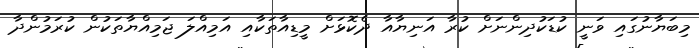
މިބަޔާނުގައި ވަނީ ކުޑަކުދިންނަށް ކުރާ އަނިޔާއާ ދެކޮޅަށް މީޑިއާތަކާއި އަމިއްލަ ޖަމިއްޔާތަކުން ކުރަމުންދާ